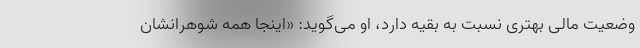
وضعیت مالی بهتری نسبت به بقیه دارد، او می‌گوید: «اینجا همه شوهرانشان